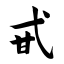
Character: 甙